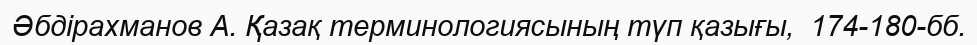
Әбдірахманов А. Қазақ терминологиясының түп қазығы,  174-180-бб.